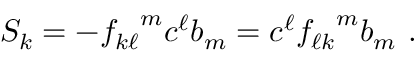
S _ { k } = - { f _ { k \ell } } ^ { m } c ^ { \ell } b _ { m } = c ^ { \ell } { f _ { \ell k } } ^ { m } b _ { m } ~ .